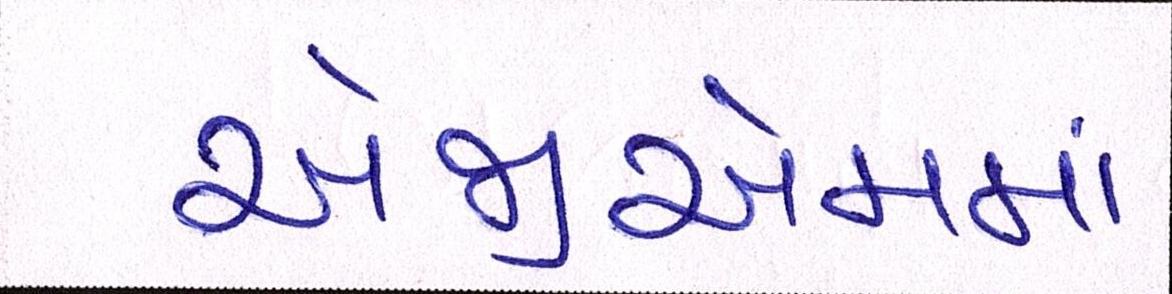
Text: એજીએમમાં